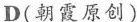
D(朝霞原创)